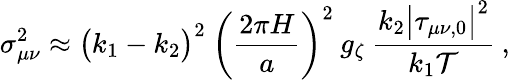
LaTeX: \sigma_{\mu\nu}^{2}\approx\big(k_{1}-k_{2}\big)^{2}\: \left(\frac{2\pi H}{a}\right)^{2}\: g_{\zeta}\: \frac{k_{2}\big|\tau_{\mu\nu,0}\big|^{2}}{k_{1}\mathcal{T}}\: ,